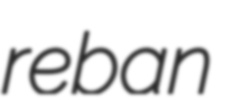
reban